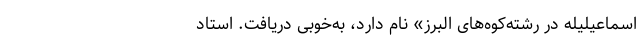
اسماعیلیله در رشته‌کوه‌های البرز» نام دارد، به‌خوبی دریافت. استاد